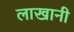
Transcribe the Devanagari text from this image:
लाखानी